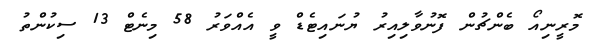
މޮރީނިއޯ ބެންޗުން ފޮނުވާލިއިރު ޔުނައިޓެޑް ވީ އެއްވަރު 58 މިނެޓް 13 ސިކުންތު